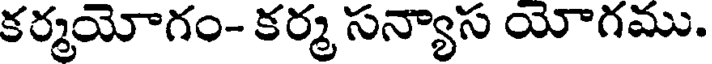
కర్మయోగం- కర్మ సన్యాస యోగము.